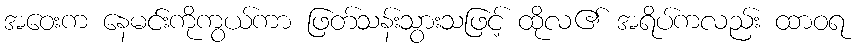
အဝေးက နေမင်းကိုကွယ်ကာ ဖြတ်သန်းသွားသဖြင့် ထိုလ၏ အရိပ်ကလည်း ထာဝရ